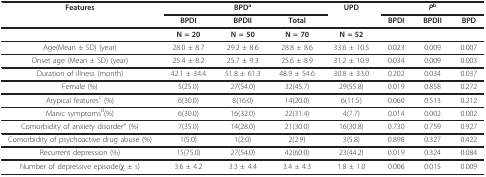
<table><thead><tr><td><b>Features</b></td><td colspan="3"><b>BPD<sup>a</sup></b></td><td><b>UPD</b></td><td colspan="3"><b><i>P</i><sup>b</sup></b></td></tr><tr><td></td><td><b>BPDI</b></td><td><b>BPDII</b></td><td><b>Total</b></td><td></td><td><b>BPDI</b></td><td><b>BPDII</b></td><td><b>BPD</b></td></tr></thead><tbody><tr><td></td><td><b>N = 20</b></td><td><b>N = 50</b></td><td><b>N = 70</b></td><td><b>N = 52</b></td><td></td><td></td><td></td></tr><tr><td>Age(Mean ± SD) (year)</td><td>28.0 ± 8.7</td><td>29.2 ± 8.6</td><td>28.8 ± 8.6</td><td>33.6 ± 10.5</td><td>0.023</td><td>0.009</td><td>0.007</td></tr><tr><td>Onset age (Mean ± SD) (year)</td><td>25.4 ± 8.2</td><td>25.7 ± 9.3</td><td>25.6 ± 8.9</td><td>31.2 ± 10.9</td><td>0.034</td><td>0.009</td><td>0.003</td></tr><tr><td>Duration of illness (month)</td><td>42.1 ± 34.4</td><td>51.8 ± 61.3</td><td>48.9 ± 54.6</td><td>30.8 ± 33.0</td><td>0.202</td><td>0.034</td><td>0.037</td></tr><tr><td>Female (%)</td><td>5(25.0)</td><td>27(54.0)</td><td>32(45.7)</td><td>29(55.8)</td><td>0.019</td><td>0.858</td><td>0.272</td></tr><tr><td>Atypical features<sup>c </sup>(%)</td><td>6(30.0)</td><td>8(16.0)</td><td>14(20.0)</td><td>6(11.5)</td><td>0.060</td><td>0.513</td><td>0.212</td></tr><tr><td>Manic symptoms<sup>d</sup>(%)</td><td>6(30.0)</td><td>16(32.0)</td><td>22(31.4)</td><td>4(7.7)</td><td>0.014</td><td>0.002</td><td>0.002</td></tr><tr><td>Comorbidity of anxiety disorder<sup>e </sup>(%)</td><td>7(35.0)</td><td>14(28.0)</td><td>21(30.0)</td><td>16(30.8)</td><td>0.730</td><td>0.759</td><td>0.927</td></tr><tr><td>Comorbidity of psychoactive drug abuse (%)</td><td>1(5.0)</td><td>1(2.0)</td><td>2(2.9)</td><td>3(5.8)</td><td>0.898</td><td>0.327</td><td>0.422</td></tr><tr><td>Recurrent depression (%)</td><td>15(75.0)</td><td>27(54.0)</td><td>42(60.0)</td><td>23(44.2)</td><td>0.019</td><td>0.324</td><td>0.084</td></tr><tr><td>Number of depressive episode(χ ± s)</td><td>3.6 ± 4.2</td><td>3.3 ± 4.4</td><td>3.4 ± 4.3</td><td>1.8 ± 1.0</td><td>0.006</td><td>0.015</td><td>0.009</td></tr></tbody></table>